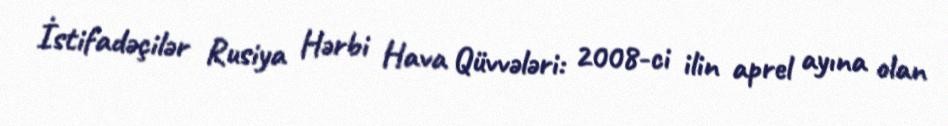
İstifadəçilər Rusiya Hərbi Hava Qüvvələri: 2008-ci ilin aprel ayına olan